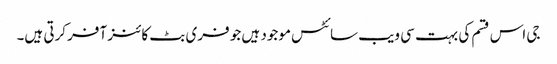
جی اس قسم کی بہت سی ویب سائٹس موجود ہیں جو فری بٹ کائنز آفر کرتی ہیں۔